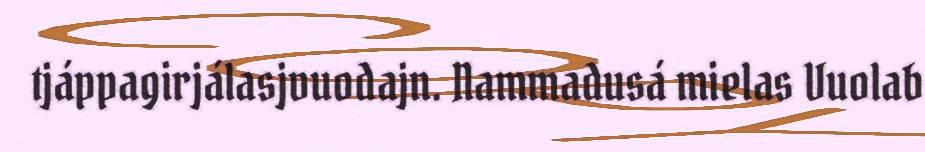
tjáppagirjálasjvuodajn. Nammadusá mielas Vuolab